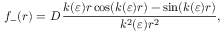
f _ { - } ( r ) = D \, \frac { k ( \varepsilon ) r \cos ( k ( \varepsilon ) r ) - \sin ( k ( \varepsilon ) r ) } { k ^ { 2 } ( \varepsilon ) r ^ { 2 } } ,